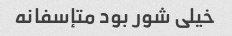
خیلی شور بود متإسفانه